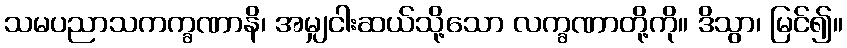
သမပညာသကက္ခဏာနိ၊ အမျှငါးဆယ်သို့သော လက္ခဏာတို့ကို။ ဒိသွာ၊ မြင်၍။